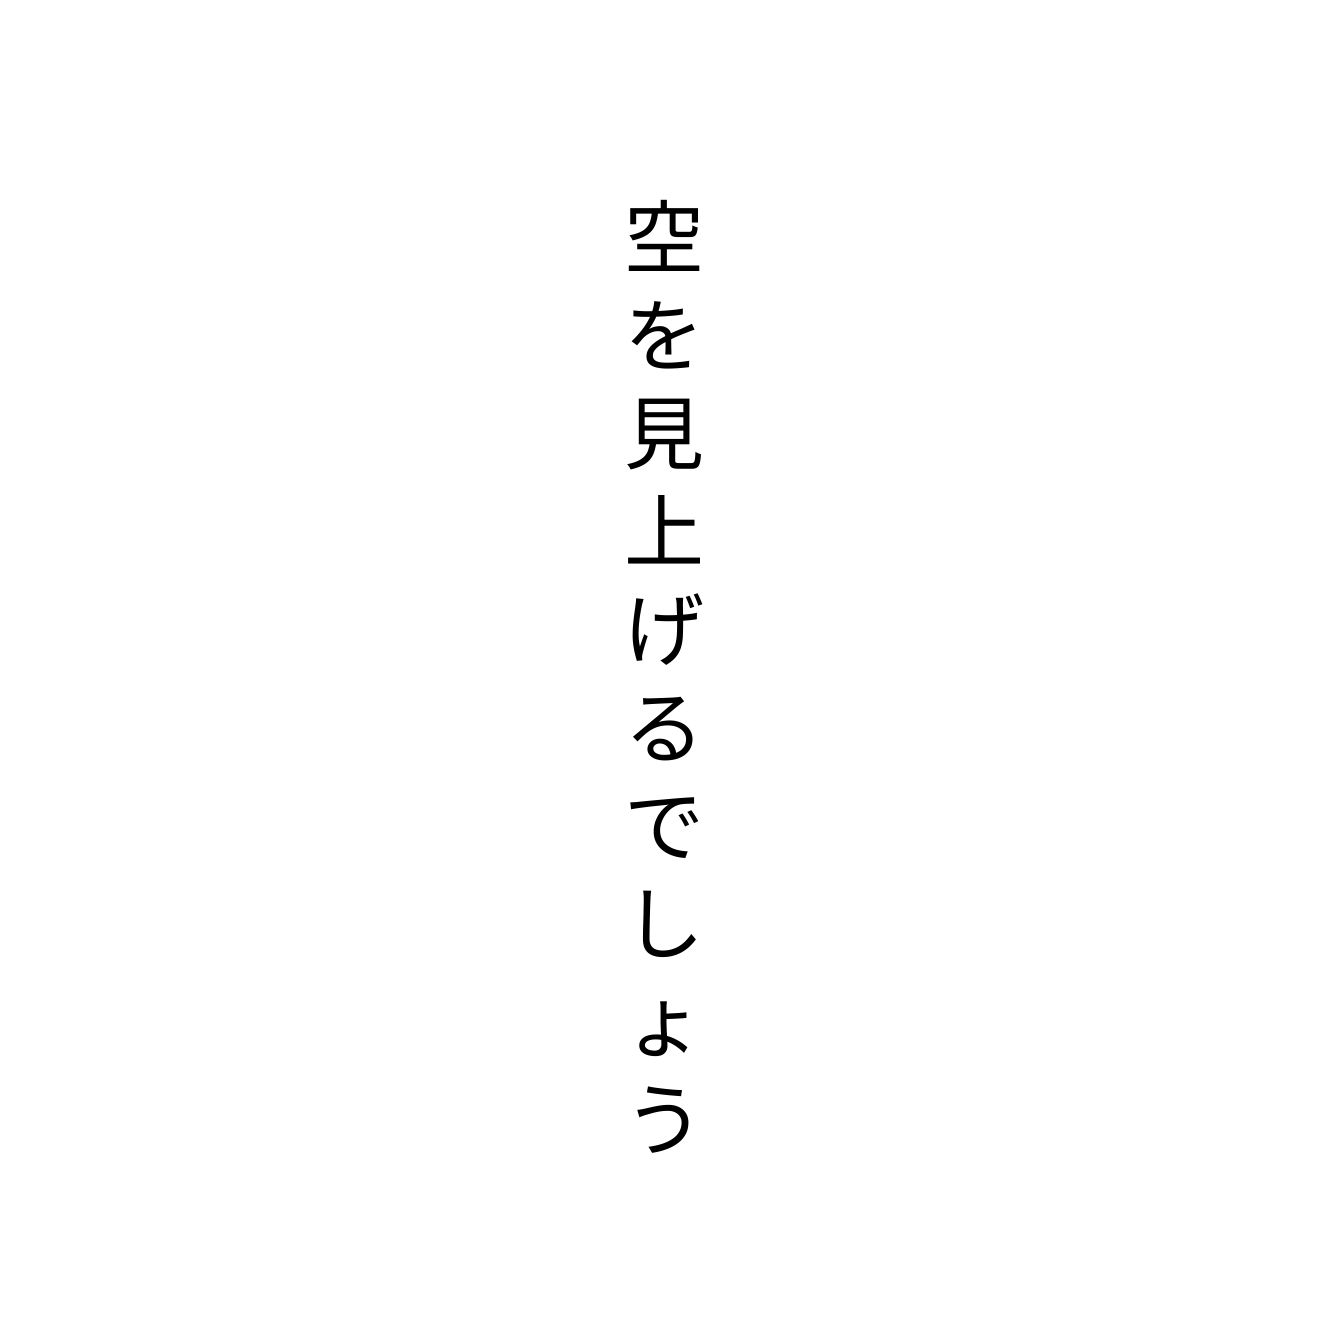
空を見上げるでしょう